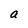
Character: a